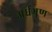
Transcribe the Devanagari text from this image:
अर्धभ्रूण